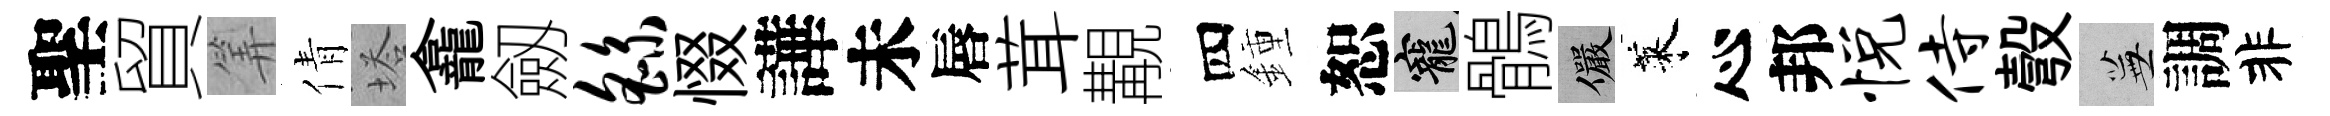
聖貿筭倩塔龕劔繇惙譁未唇茸覯四鍾恕寵鶻儼萊心邦悦侍彀蕪調非